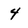
Character: 4